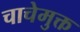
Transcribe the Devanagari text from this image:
चाचेमुक्त